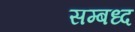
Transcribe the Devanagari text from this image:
सम्बध्द